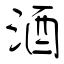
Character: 酒